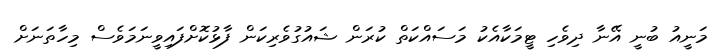
މަނީއު ބުނީ އޭނާ ދިވެހި ޓީމަކާއެކު މަސައްކަތް ކުރަން ޝައުގުވެރިކަން ފާޅުކޮށްފައިވީނަމަވެސް މިހާތަނަށް